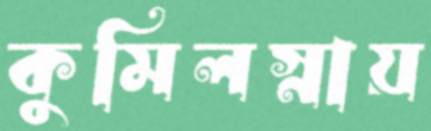
কুমিলস্নায়